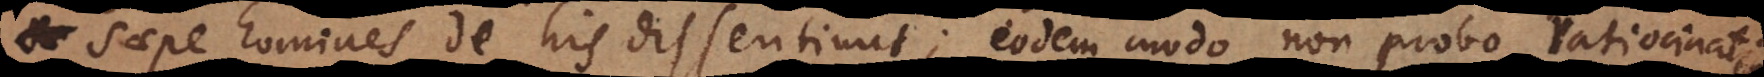
saepe homines de his dissentiunt; eodem modo non probo ratiocinat